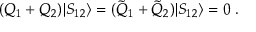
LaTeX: ( Q _ { 1 } + Q _ { 2 } ) | S _ { 1 2 } \rangle = ( \tilde { Q } _ { 1 } + \tilde { Q } _ { 2 } ) | S _ { 1 2 } \rangle = 0 \; .